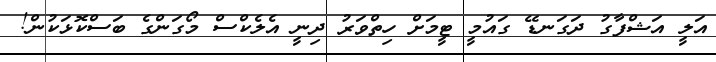
އަލީ އަޝްފާގު ދަގަނޑޭ ގައުމީ ޓީމަށް ހިތްވަރު ދިނީ އެލެކްސް މޯގަންގެ ބަސްކޮޅަކުން!